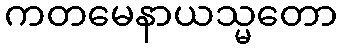
ကတမေနာယသ္မတော